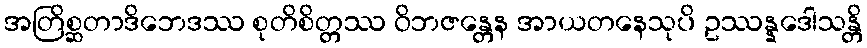
အတြိစ္ဆတာဒိဘေဒဿ စုတိစိတ္တဿ ဝိဘဇန္တေန အာယတနေသုပိ ဥဿန္နဒေါသန္တိ